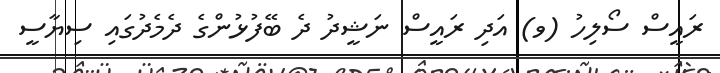
ރައީސް ސޯލިހު (ވ) އަދި ރައީސް ނަޝީދު ދެ ބޭފުޅުންގެ ދެމެދުގައި ސިޔާސީ